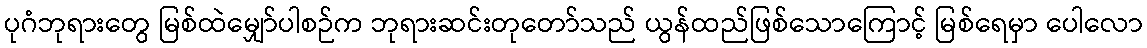
ပုဂံဘုရားတွေ မြစ်ထဲမျှော်ပါစဉ်က ဘုရားဆင်းတုတော်သည် ယွန်ထည်ဖြစ်သောကြောင့် မြစ်ရေမှာ ပေါလော